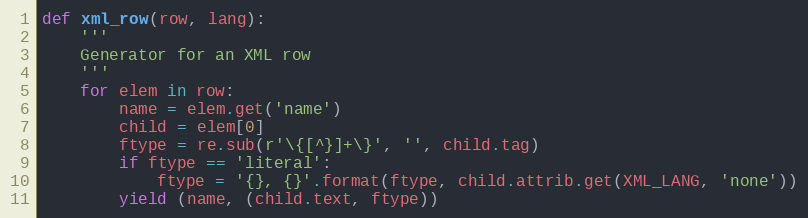
Language: Python
def xml_row(row, lang):
    '''
    Generator for an XML row
    '''
    for elem in row:
        name = elem.get('name')
        child = elem[0]
        ftype = re.sub(r'\{[^}]+\}', '', child.tag)
        if ftype == 'literal':
            ftype = '{}, {}'.format(ftype, child.attrib.get(XML_LANG, 'none'))
        yield (name, (child.text, ftype))